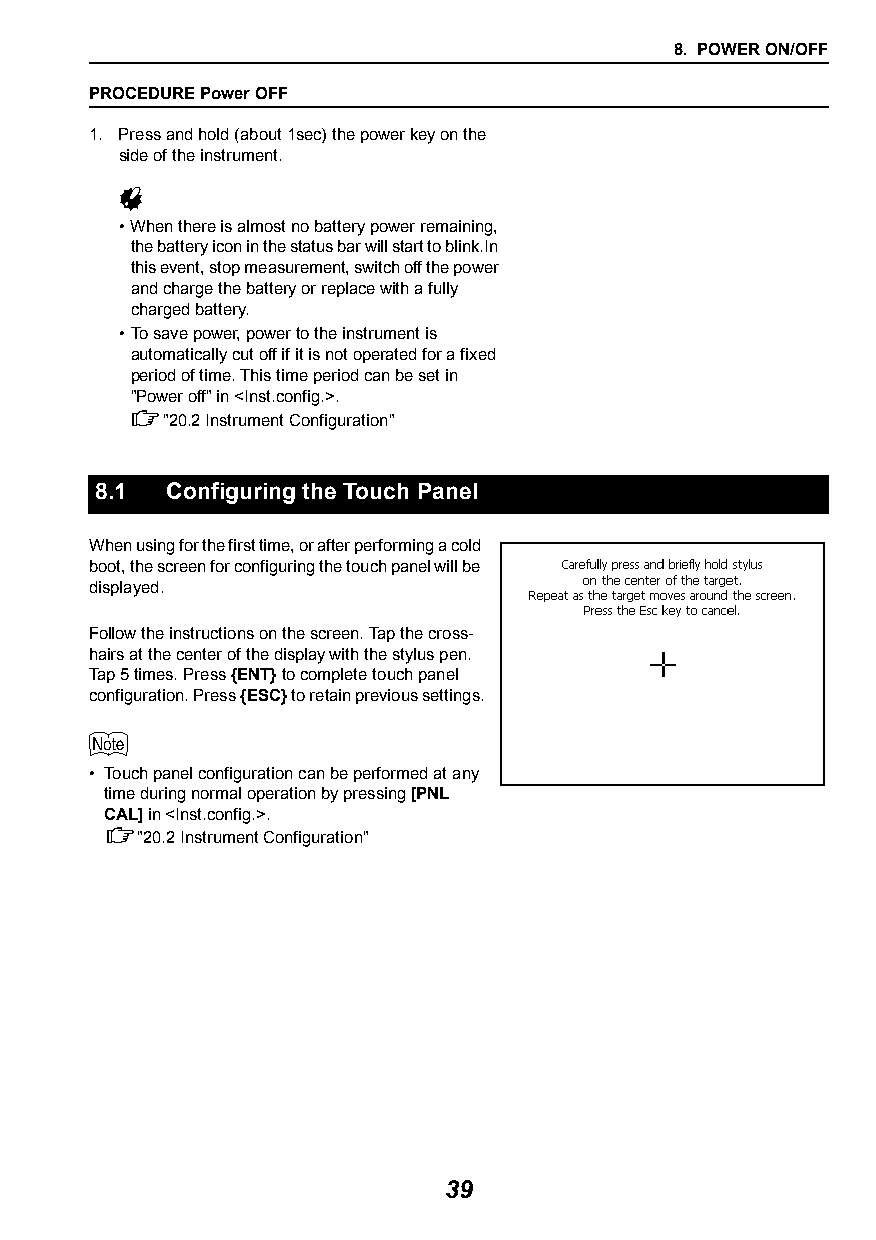
8. POWER ON/OFF
 PROCEDURE Power OFF
 1. Press and hold (about 1sec) the power key on the
 side of the instrument.
 
 •When there is almost no battery power remaining,
 the battery icon in the status bar will start to blink.In
 this event, stop measurement, switch off the power
 and charge the battery or replace with a fully
 charged battery.
 •To save power, power to the instrument is
 automatically cut off if it is not operated for a fixed
 period of time. This time period can be set in
 "Power off" in <Inst.config.>.
 "20.2Instrument Configuration"
 8.1  Configuring the Touch Panel
 When using for the first time, or after performing a cold
 boot, the screen for configuring the touch panel will be
 displayed.
 Follow the instructions on the screen. Tap the cross-
 hairs at the center of the display with the stylus pen.
 Tap 5 times. Press {ENT} to complete touch panel
 configuration. Press {ESC} to retain previous settings.
 
 • Touch panel configuration can be performed at any
 time during normal operation by pressing [PNL
 CAL] in <Inst.config.>.
 "20.2Instrument Configuration"
 39